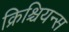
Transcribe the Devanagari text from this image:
क्रिश्चियन्स